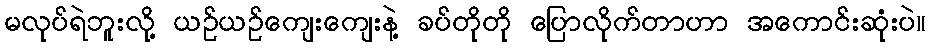
မလုပ်ရဲဘူးလို့ ယဉ်ယဉ်ကျေးကျေးနဲ့ ခပ်တိုတို ပြောလိုက်တာဟာ အကောင်းဆုံးပဲ။